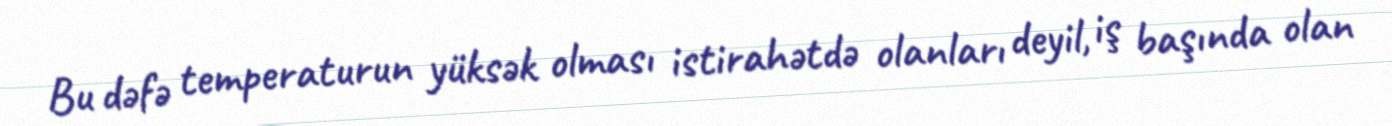
Bu dəfə temperaturun yüksək olması istirahətdə olanları deyil, iş başında olan